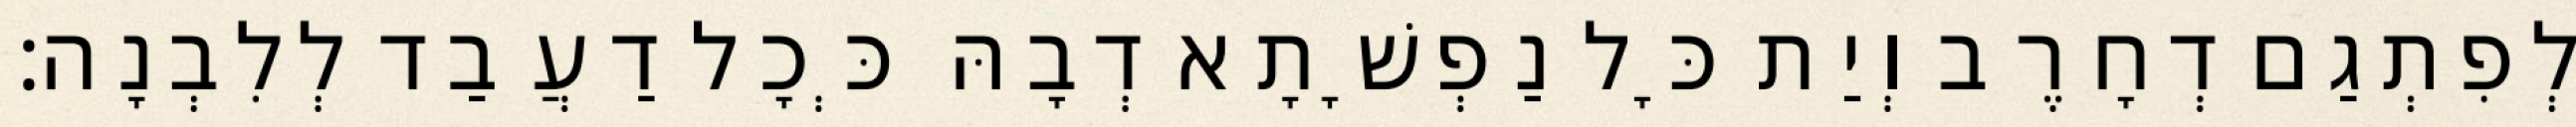
לְפִתְגַם דְחָרֶב וְיַת כָּל נַפְשָׁתָא דְבָהּ כְּכָל דַעֲבַד לְלִבְנָה׃